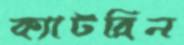
ক্যাটরিন